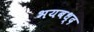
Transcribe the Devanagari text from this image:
भयबध्द